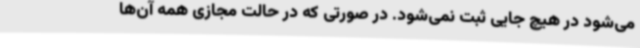
می‌شود در هیچ جایی ثبت نمی‌شود. در صورتی که در حالت مجازی همه آن‌ها